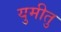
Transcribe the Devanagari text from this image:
युमीतु